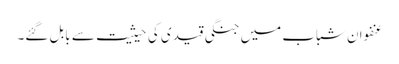
عنفوان شباب میں جنگی قیدی کی حیثیت سے بابل گئے۔